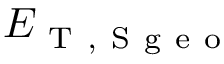
E _ { \mathrm { ~ T ~ , ~ S ~ g ~ e ~ o ~ } }